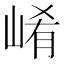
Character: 崤